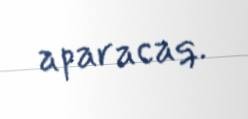
aparacaq.